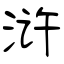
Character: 浒